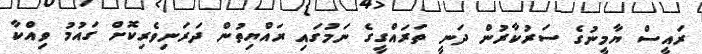
ރައީސް ޔާމީނުގެ ސަރުކާރުން ދަނީ ތަރައްގީގެ ނަމުގައި ރައްޔިތުން ދަރަނިވެރިކޮށް ގައުމު ވިއްކާ